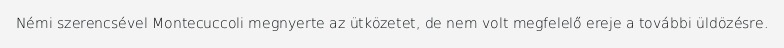
Némi szerencsével Montecuccoli megnyerte az ütközetet, de nem volt megfelelő ereje a további üldözésre.